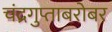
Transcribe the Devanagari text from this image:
चंद्रगुप्ताबरोबर